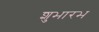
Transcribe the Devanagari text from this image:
शुभारभ